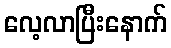
လေ့လာပြီးနောက်